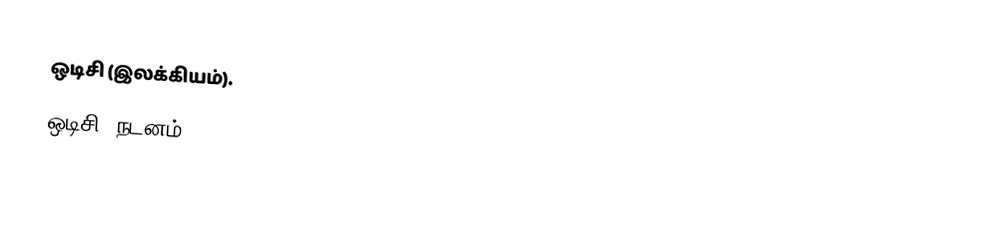
ஒடிசி (இலக்கியம்).
 ஒடிசி (நடனம்).